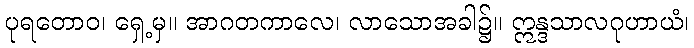
ပုရတောဝ၊ ရှေ့မှ။ အာဂတကာလေ၊ လာသောအခါ၌။ ဣန္ဒသာလဂုဟာယံ၊